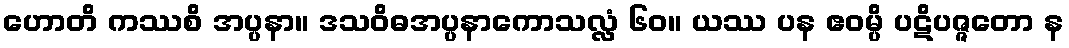
ဟောတိ ကဿစိ အပ္ပနာ။ ဒသဝိဓအပ္ပနာကောသလ္လံ ၆၀။ ယဿ ပန ဧဝမ္ပိ ပဋိပဇ္ဇတော န